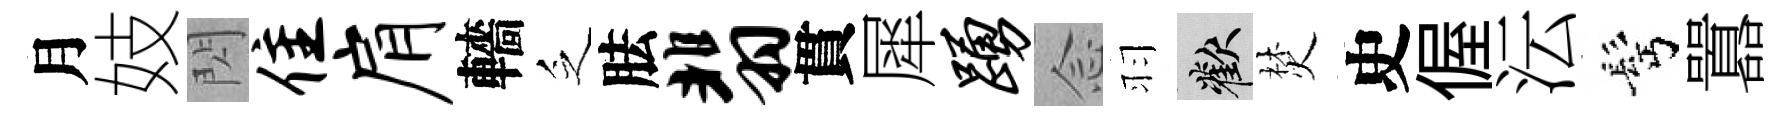
月妓閃隹肩轖乏胠翡貫犀踊𫝹羽歡焚史偓沄髩囂